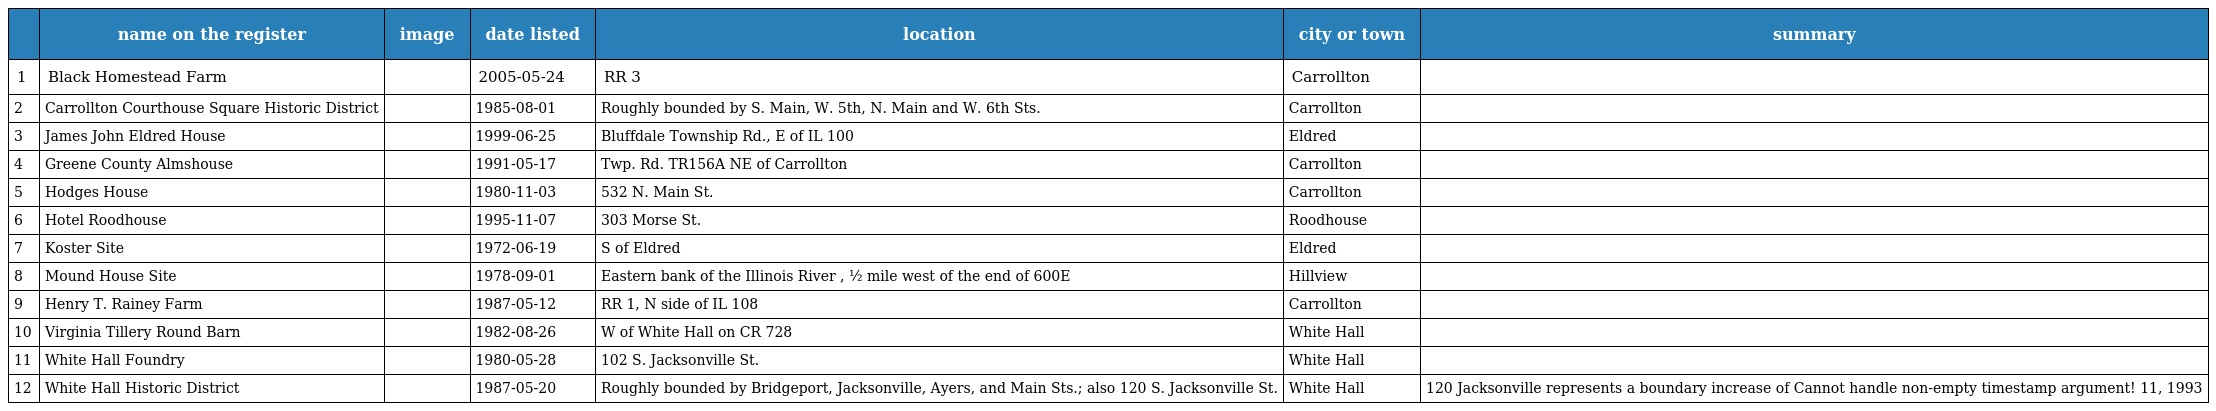
|  | name on the register | image | date listed | location | city or town | summary |
 | --- | --- | --- | --- | --- | --- | --- |
 | 1 | Black Homestead Farm |  | 2005-05-24 | RR 3 | Carrollton |  |
 | 2 | Carrollton Courthouse Square Historic District |  | 1985-08-01 | Roughly bounded by S. Main, W. 5th, N. Main and W. 6th Sts. | Carrollton |  |
 | 3 | James John Eldred House |  | 1999-06-25 | Bluffdale Township Rd., E of IL 100 | Eldred |  |
 | 4 | Greene County Almshouse |  | 1991-05-17 | Twp. Rd. TR156A NE of Carrollton | Carrollton |  |
 | 5 | Hodges House |  | 1980-11-03 | 532 N. Main St. | Carrollton |  |
 | 6 | Hotel Roodhouse |  | 1995-11-07 | 303 Morse St. | Roodhouse |  |
 | 7 | Koster Site |  | 1972-06-19 | S of Eldred | Eldred |  |
 | 8 | Mound House Site |  | 1978-09-01 | Eastern bank of the Illinois River , ½ mile west of the end of 600E | Hillview |  |
 | 9 | Henry T. Rainey Farm |  | 1987-05-12 | RR 1, N side of IL 108 | Carrollton |  |
 | 10 | Virginia Tillery Round Barn |  | 1982-08-26 | W of White Hall on CR 728 | White Hall |  |
 | 11 | White Hall Foundry |  | 1980-05-28 | 102 S. Jacksonville St. | White Hall |  |
 | 12 | White Hall Historic District |  | 1987-05-20 | Roughly bounded by Bridgeport, Jacksonville, Ayers, and Main Sts.; also 120 S. Jacksonville St. | White Hall | 120 Jacksonville represents a boundary increase of Cannot handle non-empty timestamp argument! 11, 1993 |